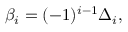
\beta _ { i } = ( - 1 ) ^ { i - 1 } \Delta _ { i } ,